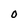
Character: O